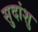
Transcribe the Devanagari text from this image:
सुदांशु